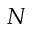
N